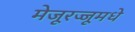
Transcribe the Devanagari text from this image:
मेजूरज्जूमधे